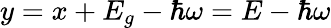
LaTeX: y=x+E_{g}-\hbar\omega=E-\hbar\omega